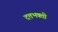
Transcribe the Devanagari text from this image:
दत्तभक्ती